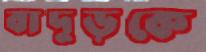
বাদুড়কে